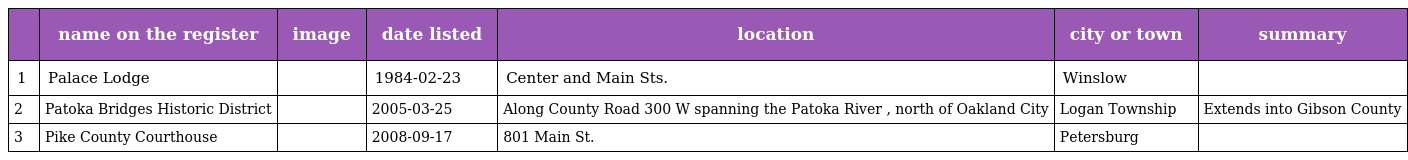
|  | name on the register | image | date listed | location | city or town | summary |
 | --- | --- | --- | --- | --- | --- | --- |
 | 1 | Palace Lodge |  | 1984-02-23 | Center and Main Sts. | Winslow |  |
 | 2 | Patoka Bridges Historic District |  | 2005-03-25 | Along County Road 300 W spanning the Patoka River , north of Oakland City | Logan Township | Extends into Gibson County |
 | 3 | Pike County Courthouse |  | 2008-09-17 | 801 Main St. | Petersburg |  |